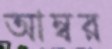
আম্বর